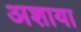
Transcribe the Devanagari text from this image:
अशाया